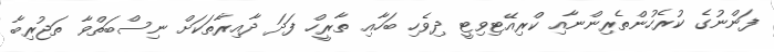
ފަންނުގެ ކުރެހުންތެރިންނާއި ކްރިއޭޓިވިޓީ ދިވެހި ބަހާއި ތާރީހް ފަދަ ދާއިރާތަކަށް ނިސްބަތްވާ ތަޖުރިބާ